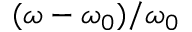
( \omega - \omega _ { 0 } ) / \omega _ { 0 }